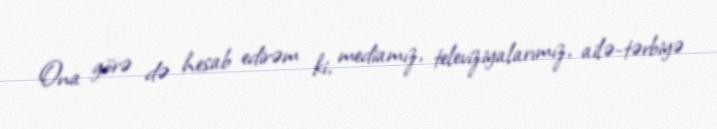
Ona görə də hesab edirəm ki, mediamız, televiziyalarımız, ailə-tərbiyə